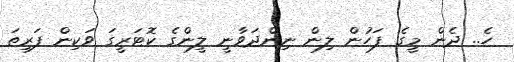
ހެ.. ދެން މީގެ ފަހުން ލިން ނިންދަވާނީ ލީންގެ ކޮޓަރީގަ ވަކިން ފަރިތަ